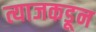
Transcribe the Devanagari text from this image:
त्याजकडून